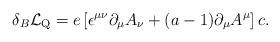
LaTeX: \begin{align*}\delta_B {\cal L}_{\rm Q} = e\left[ \epsilon^{\mu\nu} \partial_\mu A_\nu +(a-1) \partial_\mu A^\mu \right] c.\end{align*}